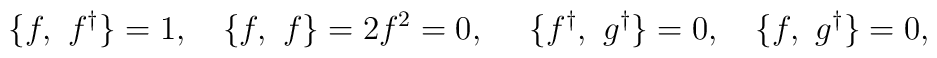
\{f, \ f^{\dagger} \}=1,\ \ \  \{f, \ f \}=2f^2=0, \ \ \ \ \{f^{\dagger}, \ g^{\dagger} \}=0, \ \ \  \{ f, \ g^{\dagger} \}=0,